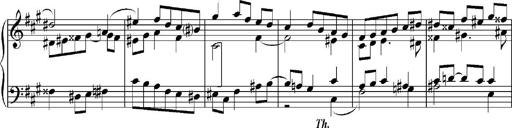
Title: Sonatina No.5
Composer: Otto Stoll
Key: F-sharp minor